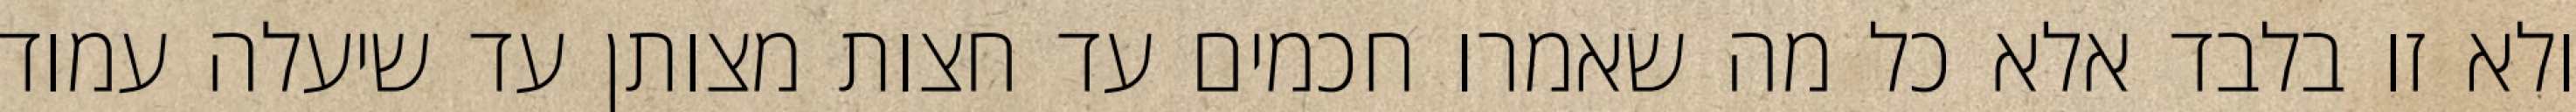
ולא זו בלבד אלא כל מה שאמרו חכמים עד חצות מצותן עד שיעלה עמוד